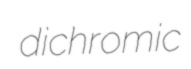
dichromic